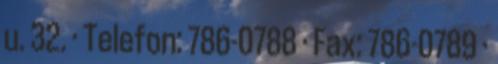
u. 32. · Telefon: 786-0788 · Fax: 786-0789 ·